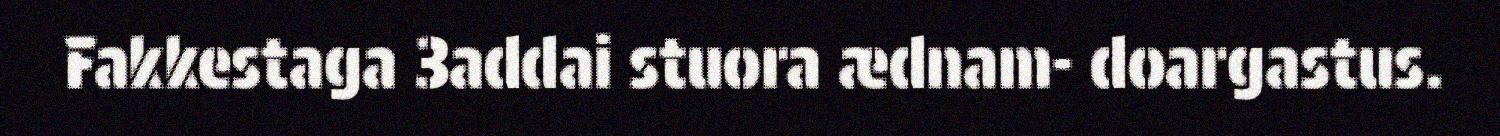
Fakkestaga 3addai stuora ædnam- doargastus.